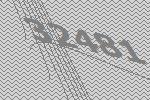
32481